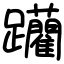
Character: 躪